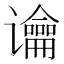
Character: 𰶏